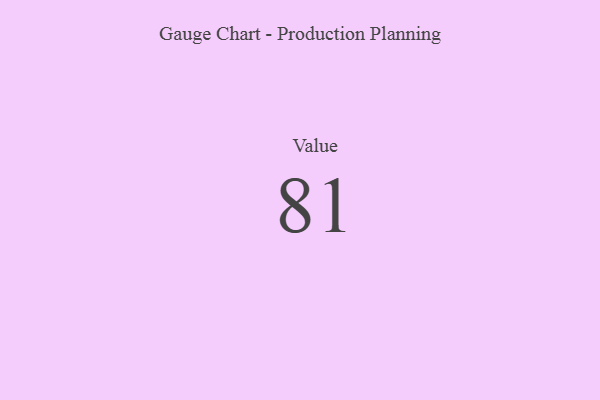
{"axis": {"x": "Metric", "y": "Value"}, "legend": [""], "data": [{"x": "Value", "y": 81, "type": ""}]}